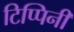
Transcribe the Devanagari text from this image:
टिप्पिनी